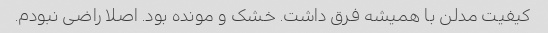
کیفیت مدلن با همیشه فرق داشت. خشک و مونده بود. اصلا راضی نبودم.